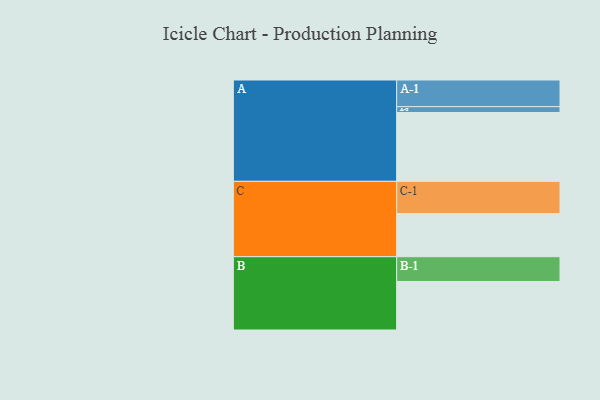
{"axis": {"x": "Segment", "y": "Value"}, "legend": ["", "A", "B", "C"], "data": [{"x": "A", "y": 589, "type": ""}, {"x": "B", "y": 415, "type": ""}, {"x": "C", "y": 369, "type": ""}, {"x": "A-1", "y": 228, "type": "A"}, {"x": "A-2", "y": 50, "type": "A"}, {"x": "B-1", "y": 212, "type": "B"}, {"x": "C-1", "y": 276, "type": "C"}]}